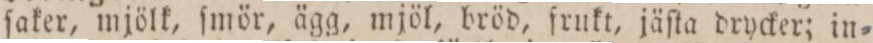
ſaker, mjölk, ſmör, ägg, mjöl, bröd, frukt, jäſta drycker; in=